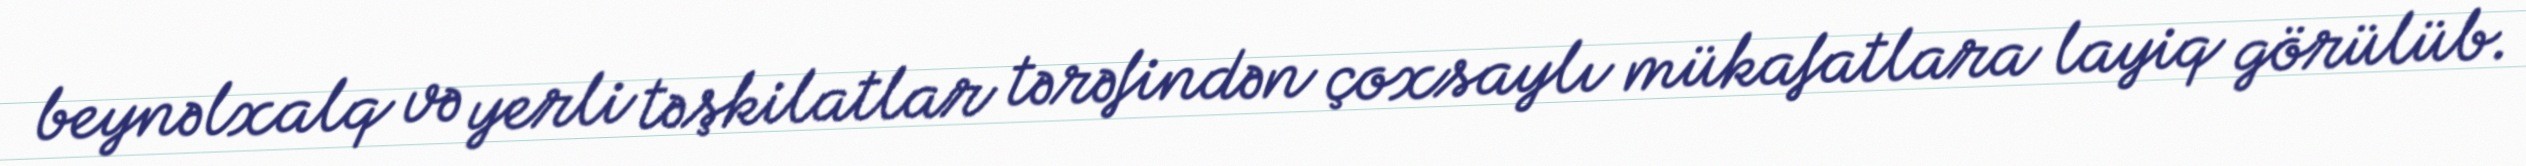
beynəlxalq və yerli təşkilatlar tərəfindən çoxsaylı mükafatlara layiq görülüb.